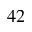
_ { 4 2 }